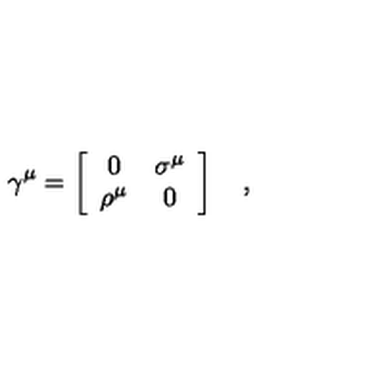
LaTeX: \gamma ^ { \mu } = \left[ \begin{array} { c c } { 0 } & { \sigma ^ { \mu } } \\ { \rho ^ { \mu } } & { 0 } \\ \end{array} \right] \quad ,